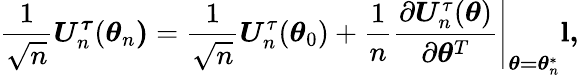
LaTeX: \frac{1}{\sqrt{n}}\boldsymbol{U}_{n}^{\boldsymbol{\tau}}(\boldsymbol{\theta}_{n}\boldsymbol{)}=\frac{1}{\sqrt{n}}\boldsymbol{U}_{n}^{\tau}(\boldsymbol{\theta}_{0})+\frac{1}{n}\left.\frac{\partial\boldsymbol{U}_{n}^{\tau}(\boldsymbol{\theta})}{\partial\boldsymbol{\theta}^{T}}\right\vert_{\boldsymbol{\theta=\theta}_{n}^{\ast}}\mathbf{l}\boldsymbol{,}